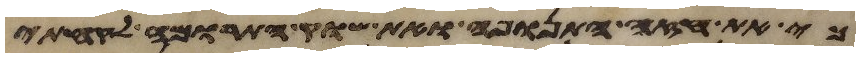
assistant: כי את חזה התנופה ואת שוק התרומה לקחתי